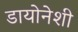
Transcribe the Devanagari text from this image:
डायोनेशी